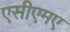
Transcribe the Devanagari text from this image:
एसीएमए